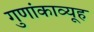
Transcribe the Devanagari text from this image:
गुणांकाव्यूह